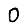
Digit: 0